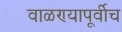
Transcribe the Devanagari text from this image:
वाळण्यापूर्वीच